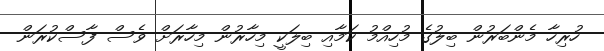
ހުރިހާ މެންބަރުން ބިލުގެ މުހިއްމު ކަމާއި ބިލަކީ މިހާރުން މިހާރަށް ވެސް ފާސްކުރަން